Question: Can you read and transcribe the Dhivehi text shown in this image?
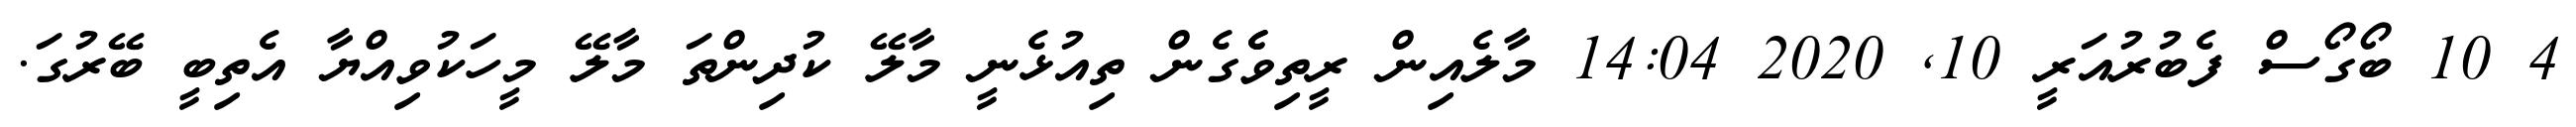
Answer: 4 10 ބޯގޯސް ފެބުރުއަރީ 10, 2020 14:04 މާލެއިން ރީތިވެެގެން ތިއުޅެނީ މާލޭ ކުދިންތަ މާލޭ މީހަކުވިއްޔާ އެތިބީ ބޭރުގަ.